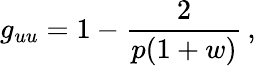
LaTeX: g_{uu}=1-\frac{2}{p(1+w)}\, ,